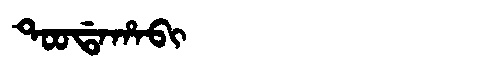
Manchu: ᡨᠣᠣᡩᠠᡥᠠᠪᡳ
Romanization: TOODAHABI